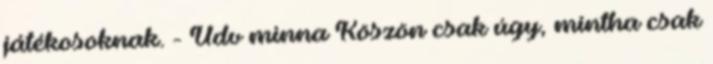
játékosoknak. - Üdv minna Köszön csak úgy, mintha csak